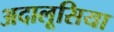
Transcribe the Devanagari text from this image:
अदालूसिया